Annual administration and progress report of the Indian Medical Department, Bombay
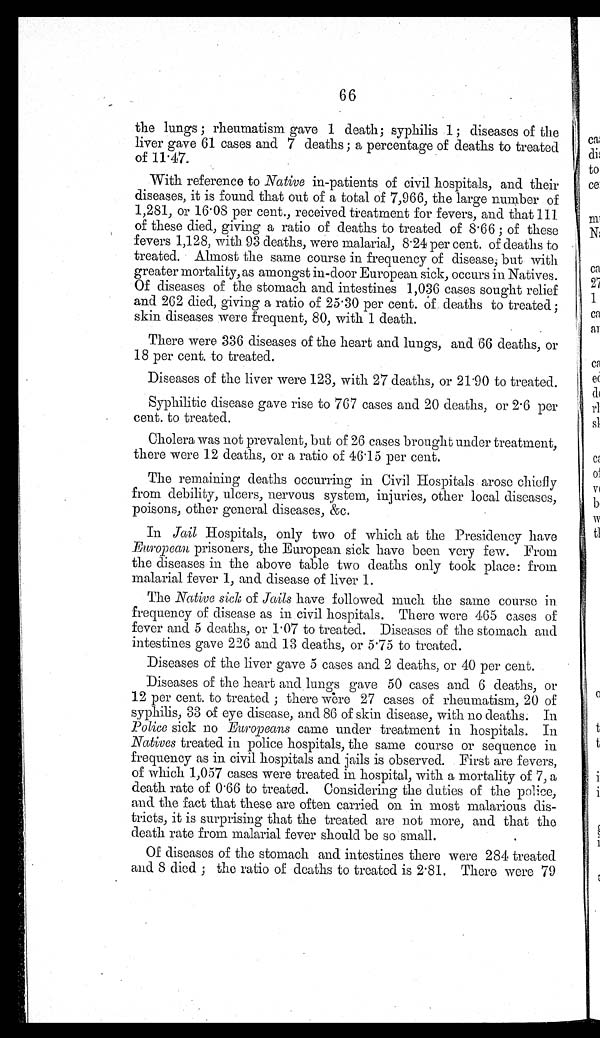
66
the lungs ; rheumatism gave 1 death; syphilis 1; diseases of the
liver gave 61 cases and 7 deaths ; a percentage of deaths to treated
of 11.47.
With reference to Native in-patients of civil hospitals, and their
diseases, it is found that out of a total of 7,966, the large number of
1,281, or 16.08 per cent., received treatment for fevers, and that 111
of these died, giving a ratio of deaths to treated of 8.66 ; of these
fevers 1,128, with 93 deaths, were malarial, 8.24 per cent. of deaths to
treated. Almost the same course in frequency of disease; but with
greater mortality, as amongst in-door European sick, occurs in Natives.
Of diseases of the stomach and intestines 1,036 cases sought relief
and 262 died, giving a ratio of 25.30 per cent. of deaths to treated ;
skin diseases were frequent, 80, with 1 death.
There were 336 diseases of the heart and lungs, and 66 deaths, or
18 per cent. to treated.
Diseases of the liver were 123, with 27 deaths, or 21.90 to treated.
Syphilitic disease gave rise to 767 cases and 20 deaths, or 2.6 per
cent. to treated.
Cholera was not prevalent, but of 26 cases brought under treatment,
there were 12 deaths, or a ratio of 46.15 per cent.
The remaining deaths occurring in Civil Hospitals arose chiefly
from debility, ulcers, nervous system, injuries, other local diseases,
poisons, other general diseases, &c.
In Jail Hospitals, only two of which at the Presidency have
European prisoners, the European sick have been very few. From
the diseases in the above table two deaths only took place: from
malarial fever 1, and disease of liver 1.
The Native sick of Jails have followed much the same course in
frequency of disease as in civil hospitals. There were 465 cases of
fever and 5 deaths, or 1.07 to treated. Diseases of the stomach and
intestines gave 226 and 13 deaths, or 5.75 to treated.
Diseases of the liver gave 5 cases and 2 deaths, or 40 per cent.
Diseases of the heart and lungs gave 50 cases and 6 deaths, or
12 per cent. to treated ; there were 27 cases of rheumatism, 20 of
syphilis, 33 of eye disease, and 86 of skin disease, with no deaths. In
Police sick no Europeans came under treatment in hospitals. In
Natives treated in police hospitals, the same course or sequence in
frequency as in civil hospitals and jails is observed. First are fevers,
of which 1,057 cases were treated in hospital, with a mortality of 7, a
death rate of 0.66 to treated. Considering the duties of the police,
and the fact that these are often carried on in most malarious dis-
tricts, it is surprising that the treated are not more, and that the
death rate from malarial fever should be so small.
Of diseases of the stomach and intestines there were 284 treated
and 8 died ; the ratio of deaths to treated is 2.81. There were 79